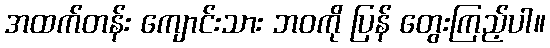
အထက်တန်း ကျောင်းသား ဘဝကို ပြန် တွေးကြည့်ပါ။